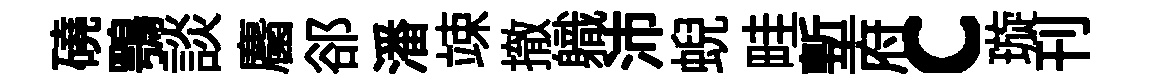
磽鶚談麕郤潘竦撤軄沛蜺畦塹府c璇刊